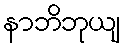
နာဘိဘုယျ